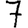
Digit: 7